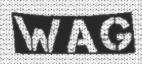
WAG